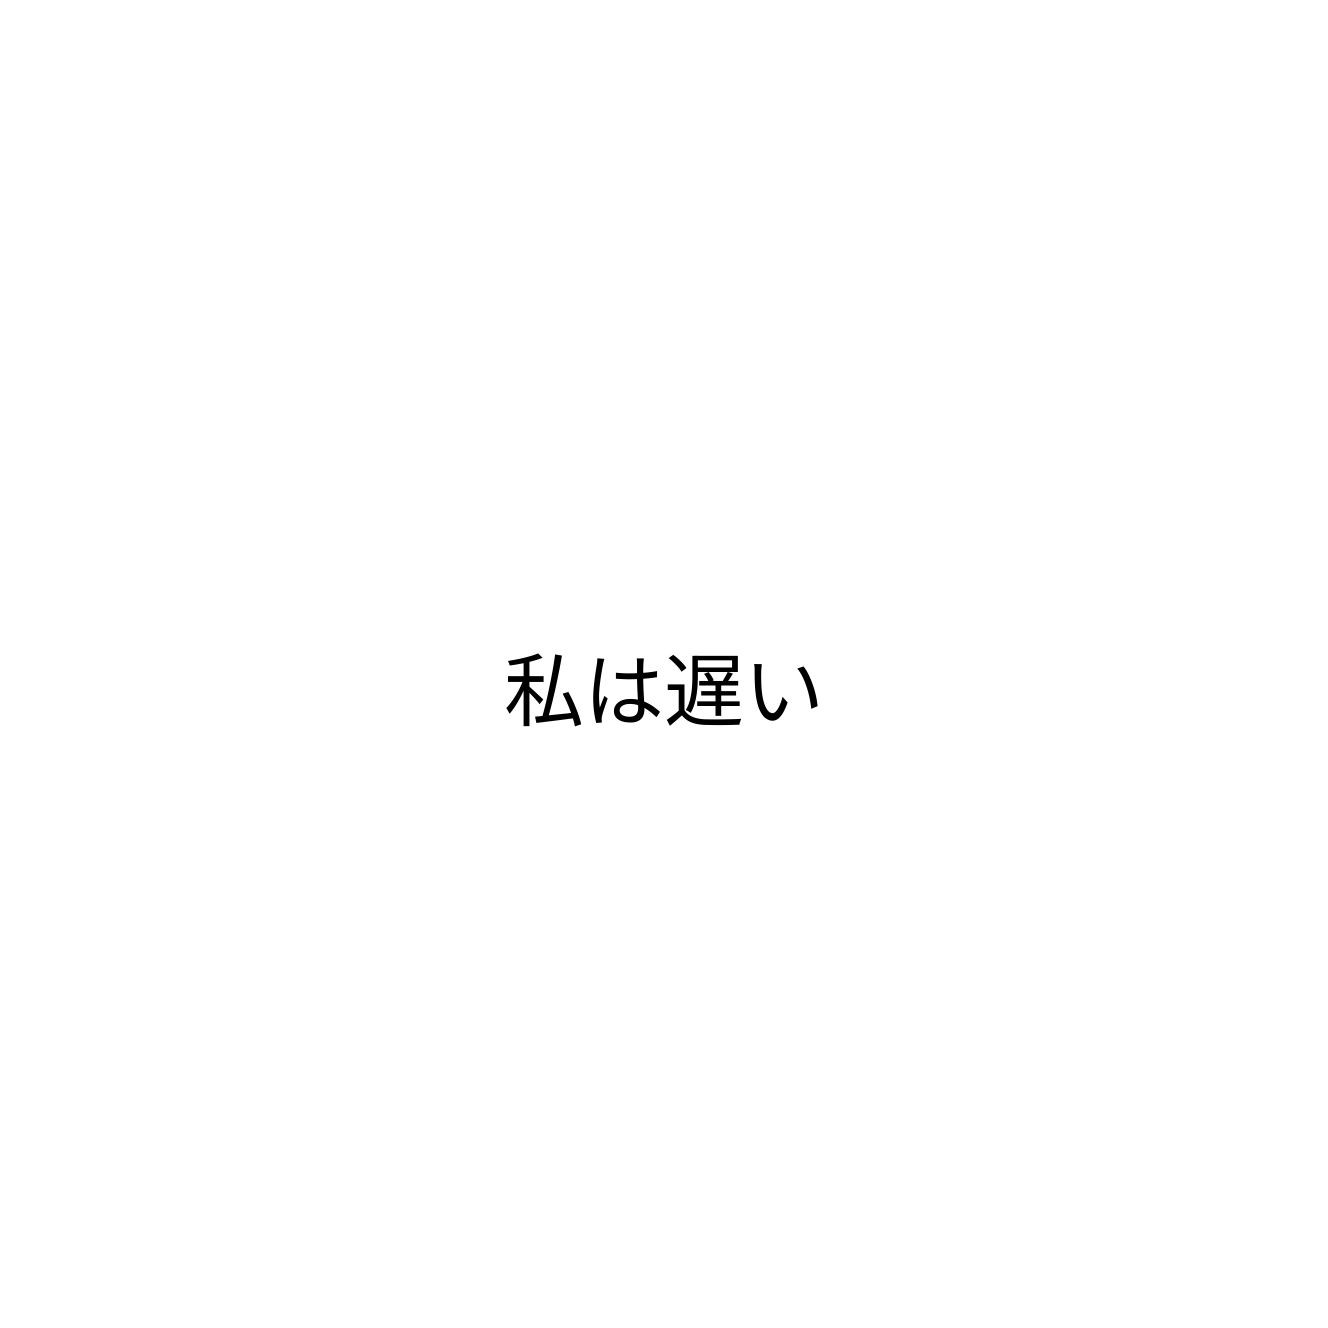
私は遅い